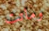
وماتت